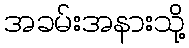
အခမ်းအနားသို့